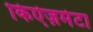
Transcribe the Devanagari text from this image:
किऐज़मेटा